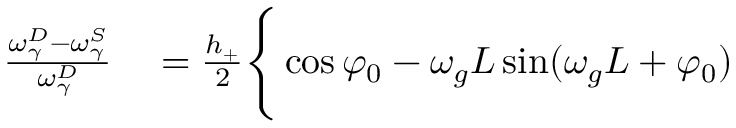
\begin{array} { r l } { \frac { \omega _ { \gamma } ^ { D } - \omega _ { \gamma } ^ { S } } { \omega _ { \gamma } ^ { D } } } & { { } = \frac { h _ { + } } { 2 } \Bigg \{ \cos \varphi _ { 0 } - \omega _ { g } L \sin ( \omega _ { g } L + \varphi _ { 0 } ) } \end{array}